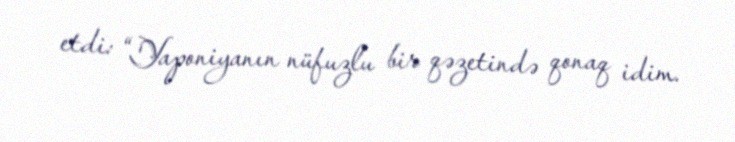
etdi: “Yaponiyanın nüfuzlu bir qəzetində qonaq idim.